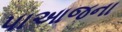
પાઆજના